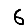
Digit: 6